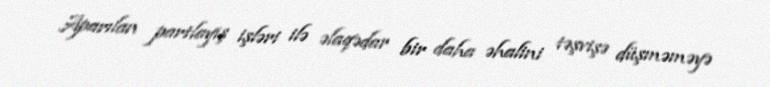
Aparılan partlayış işləri ilə əlaqədar bir daha əhalini təşvişə düşməməyə